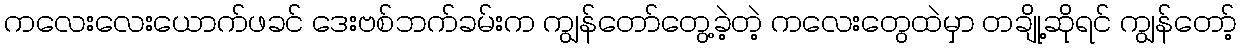
ကလေးလေးယောက်ဖခင် ဒေးဗစ်ဘက်ခမ်းက ကျွန်တော်တွေ့ခဲ့တဲ့ ကလေးတွေထဲမှာ တချို့ဆိုရင် ကျွန်တော့်